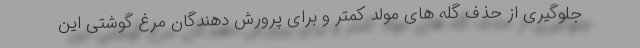
جلوگیری از حذف گله های مولد کمتر و برای پرورش دهندگان مرغ گوشتی این